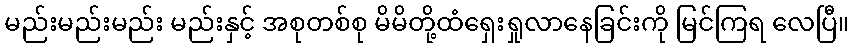
မည်းမည်းမည်း မည်းနှင့် အစုတစ်စု မိမိတို့ထံရှေးရှုလာနေခြင်းကို မြင်ကြရ လေပြီ။